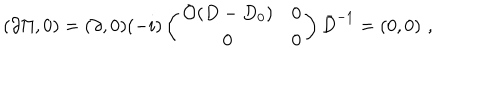
( \partial \Pi , 0 ) = ( \partial , 0 ) ( - i ) \left( \begin{array} { c c } { { { \cal O } ( D - D _ { 0 } ) } } & { { 0 } } \\ { { 0 } } & { { 0 } } \\ \end{array} \right) \bar { D } ^ { - 1 } = ( 0 , 0 ) \, \, ,